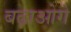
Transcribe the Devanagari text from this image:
बढ़ाओगे